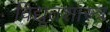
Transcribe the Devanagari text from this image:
विद्यूतशास्त्र